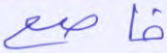
خاضع